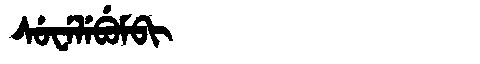
Manchu: ᠰᡠᠸᡝᠯᡝᠪᡠᠮᠪᡳ
Romanization: SUWELEBUMBI